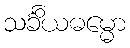
သင်္ခိယဓမ္မော